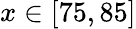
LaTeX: x\in[75,85]